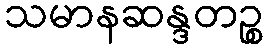
သမာနဆန္ဒတဉ္စ